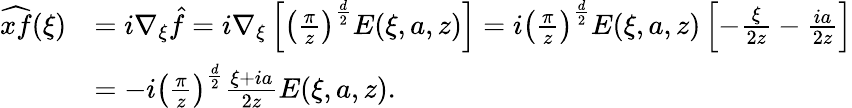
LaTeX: \begin{array}{rl}{\widehat{xf}(\xi)}&{=i\nabla_{\xi}\hat{f}=i\nabla_{\xi}\left[\left(\frac{\pi}{z}\right)^{\frac{d}{2}}E(\xi,a,z)\right]=i\left(\frac{\pi}{z}\right)^{\frac{d}{2}}E(\xi,a,z)\left[-\frac{\xi}{2z}-\frac{ia}{2z}\right]}\\ &{=-i\left(\frac{\pi}{z}\right)^{\frac{d}{2}}\frac{\xi+ia}{2z}E(\xi,a,z).}\end{array}